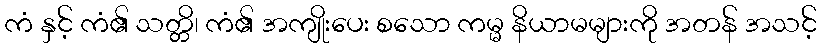
ကံ နှင့် ကံ၏ သတ္တိ၊ ကံ၏ အကျိုးပေး စသော ကမ္မ နိယာမများကို အတန် အသင့်